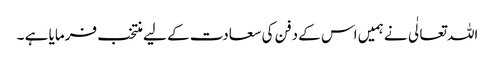
اللہ تعالٰی نے ہمیں اس کے دفن کی سعادت کے لیے منتخب فرمایا ہے ۔